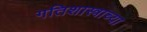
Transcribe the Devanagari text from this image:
गतिशास्त्राच्या